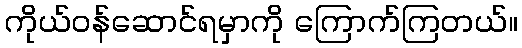
ကိုယ်ဝန်ဆောင်ရမှာကို ကြောက်ကြတယ်။